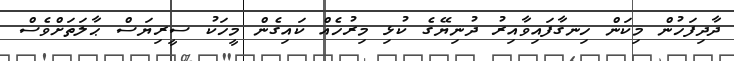
ދާދިފަހުން މިކަން ހިނގާފައިވާއިރު ދުނިޔޭގެ ކުޅި މިރުހެއް ކައިގެން މީހަކު ސީރިޔަސް ޙާލަތަށްވެސް